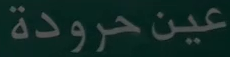
عين-حرودة